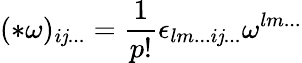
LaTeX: (*\omega)_{i\mathit{j}...}=\frac{{1}}{{p!}}\epsilon_{lm...i\mathit{j}...}\omega^{lm...}